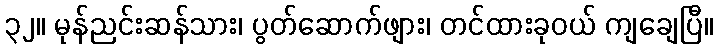
၃၂။ မုန်ညင်းဆန်သား၊ ပွတ်ဆောက်ဖျား၊ တင်ထားခုဝယ် ကျချေပြီ။